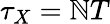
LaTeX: \tau_{X}=\mathbb{N}T